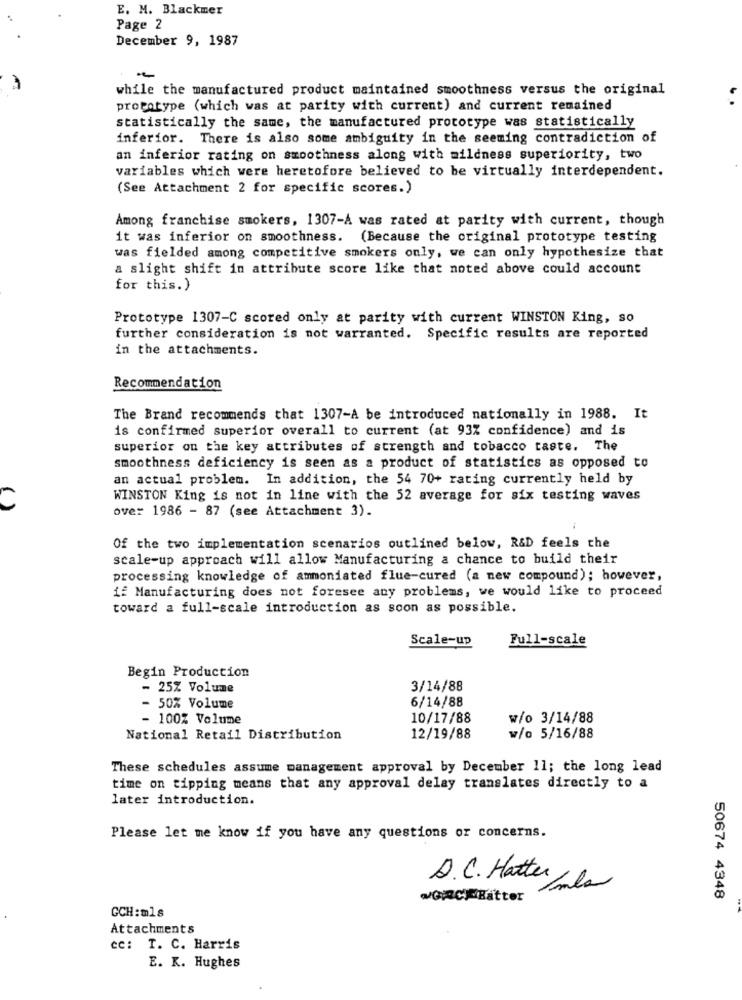
E. M. Blackmer
Page 2
December 9, 1987
-
while the manufactured product maintained smoothness versus the original
prototype (which was at parity with current) and current remained
statistically the same, the manufactured prototype was statistically
inferior. There is also some ambiguity in the seeming contradiction of
an inferior rating on smoothness along with mildness superiority, two
variables which were heretofore believed to be virtually interdependent.
(See Attachment 2 for specific scores.)
Among franchise smokers, 1307-A was rated at parity with current, though
it was inferior on smoothness. (Because the original prototype testing
was fielded among competitive smokers only, we can only hypothesize that
a slight shift in attribute score like that noted above could account
for this.)
Prototype 1307-C scored only at parity with current WINSTON King, so
further consideration is not warranted. Specific results are reported
in the attachments.
Recommendation
The Brand recommends that 1307-A be introduced nationally in 1988. It
is confirmed superior overall to current (at 93% confidence) and is
superior on the key attributes of strength and tobacco taste. The
smoothness deficiency is seen as a product of statistics as opposed to
an actual problem. In addition, the 54 70+ rating currently held by
WINSTON King is not in line with the 52 average for six testing waves
ove: 1986 - 87 (see Attachment 3).
Of the two implementation scenarios outlined below, R&D feels the
scale-up approach will allow Manufacturing a chance to build their
processing knowledge of ammoniated flue-cured (a new compound); however,
if Manufacturing does not foresee any problems, we would like to proceed
toward a full-scale introduction as soon as possible.
Scale-up
Full-scale
Begin Production
- 25% Volume
3/14/88
6/14/88
- 50% Volume
- 100% Volume
10/17/88
w/o 3/14/88
National Retail Distribution
12/19/88
w/o 5/16/88
These schedules assume management approval by December 11; the long lead
time on tipping means that any approval delay translates directly to a
later introduction.
Please let me know if you have any questions or concerns.
D.C. Hatter
Imla
MARCHBatter
50674 4348
GCH:mls
Attachments
cc: T. C. Harris
E. K. Hughes